Vaccine operations Central Provinces 1886-1899 - 1886-1899
Year: 1886
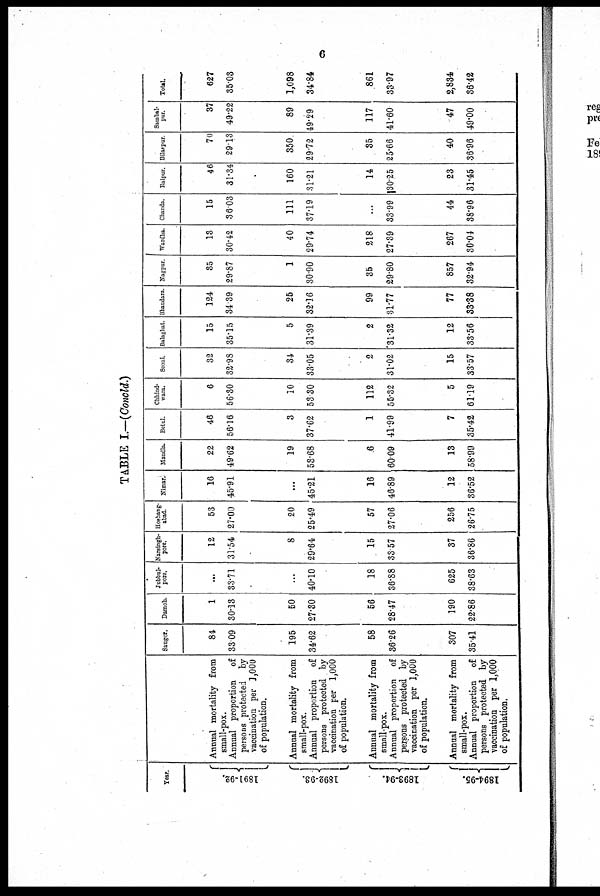
6
TABLE I.—(Concld.)
Year.
1891-92.
1892-93.
1893-94.
1894-95.
Annual mortality from
small-pox.
Annual proportion of
persons protected by
vaccination per 1,000
of population.
Annual mortality from
small-pox.
Annual proportion of
persons protected by
vaccination per 1,000
of population.
Annual mortality from
small-pox.
Annual proportion of
persons protected by
vaccination per 1,000
of population.
Annual mortality from
small-pox.
Annual proportion of
persons protected by
vaccination per 1,000
of population.
Saugor.
84
33.09
195
34.62
58
36.26
307
35.41
Damoh.
1
30.13
50
27.30
56
28.47
190
22.86
Jubbul-
pore.
...
33.71
...
40.10
18
36.88
625
38.63
Narsingh-
pore.
12
31.54
8
29.64
15
33.57
37
36.86
Hoshang-
abad.
53
27.00
20
25.49
57
27.06
256
26.75
Nimar.
16
45.91
...
45.21
16
46.89
12
36.52
Mandla.
22
49.62
19
53.68
6
60.09
13
58.99
Betul.
46
56.16
3
37.62
1
41.99
7
35.42
Chhind-
wara.
6
56.30
10
53.30
112
55.32
5
61.19
Seoni.
32
32.98
34
33.05
2
31.02
15
33.57
Balaghat.
15
35.15
5
31.39
2
31.32
12
33.56
Bhandara.
124
34.39
25
32.16
99
31.77
77
33.38
Nagpur.
35
29.87
1
30.90
35
29.80
857
32.94
Wardha.
13
30.42
40
29.74
218
27.39
267
30.04
Chanda.
15
36.03
111
37.19
...
33.99
44
38.96
Raipur.
46
31.34
160
31.21
14
30.25
23
31.45
Bilaspur.
70
29.13
350
29.72
35
25.66
40
36.96
Sambal-
pur.
37
49.22
89
49.29
117
41.60
47
49.00
Total.
627
35.03
1,098
34.84
861
33.97
2,834
36.42